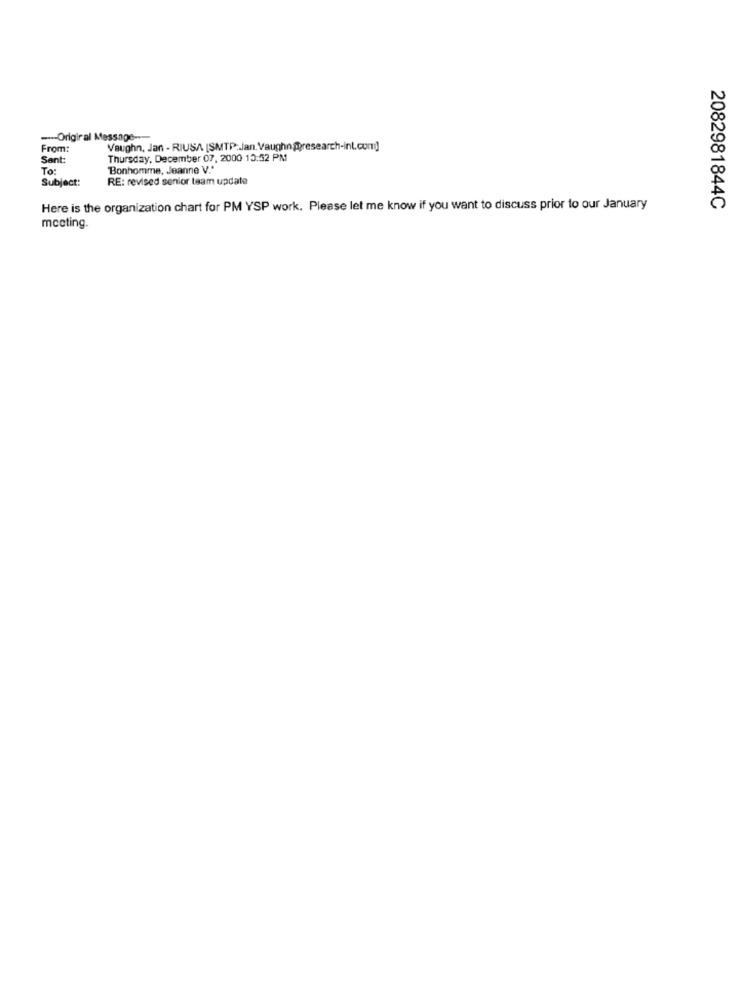
--- Original Message ---
From:
Vaughn, Jan - RIUSA [SMTP :. Jan.Vaughn@research-int.com]]
Sant:
Thursday, December 07, 2000 13:52 PM
To:
Bonhomme, Jeanne V."
Subject:
RE: revised senior team update
Here is the organization chart for PM YSP work. Please let me know if you want to discuss prior to our January
2082981844C
mccting.